Lunatic asylums Madras 1892-1911 - 1892-1911
Year: 1892
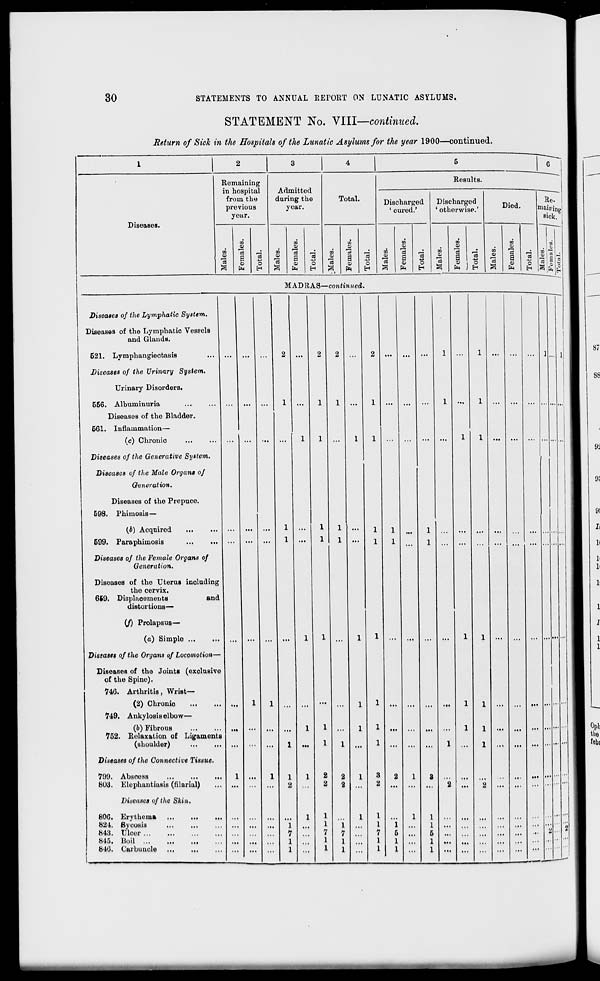
30
STATEMENTS TO ANNUAL RETORT ON LUNATIC ASYLUMS.
STATEMENT No. VIII—continued.
Return of Sick in the Hospitals of the Lunatic Asylums for the year 1900—continued.
Diseases.
Remaining
in hospital
from the
previous
year.
m
CD
"fld
to
O
15
S
a
EH
o
Admitted
during the
year.
to
v
15
8
PI
CD
EH
o
Total.
CO
CD
15
en
o
a
CD
EH
o
Results.
Discharged
1 cured.'
CO
c3
S
CD
EH
o
Discharged
' otherwise.'
w
CD
15
en
CD
3
j
m
a eg CD
0)
EH 1 EH
Died.
CO
CD
15
a
CD
EH
sick.
5
.2 S S
MADRAS—continued.
Diseases of the Lymphatic System.
Diseases of the Lymphatic Vessels
and Glands.
621. Lymphangiectasis
Diseases of the Urinary System.
Urinary Disorders.
566. Albuminuria
Diseases of the Bladder.
661. Inflammation—
(c) Chronic
Diseases of the Generative System.
Diseases of the Male Organs of
Generation.
Diseases of the Prepuce.
598. Phimosis—
(i) Acquired
...
599. Paraphimosis
...
...
Diseases of the Female Organs of
Generation.
Diseases of the Uterus inoluding
the cervix.
669. Displacements
and
distortions—
(/) Prolapsus—
(a) Simple ...
Diseases of the Organs of Locomotion—
Diseases of the Joints (exclusive
of the Spine).
746. Arthritis, Wrist—
(2) Chronic
749. Ankylosis elbow—
(b) Fibrous
752. Relaxation of Ligaments
(shoulder)
Diseases of the Connective Tissue.
799. Abscess
8U3. Elephantiasis (filarial)
Diseases of the Skin.
806. Erythema
824. Sycosis
843. Ulcer ...
845. Boil ...
846. Curbunole
1 ...
1 ...
:i
2
2 ...
1
1
1
7
5
1
1
1
1
1
1